King Institute of Preventive Medicine Micro-Biological Section reports 1909-11
Year: 1909
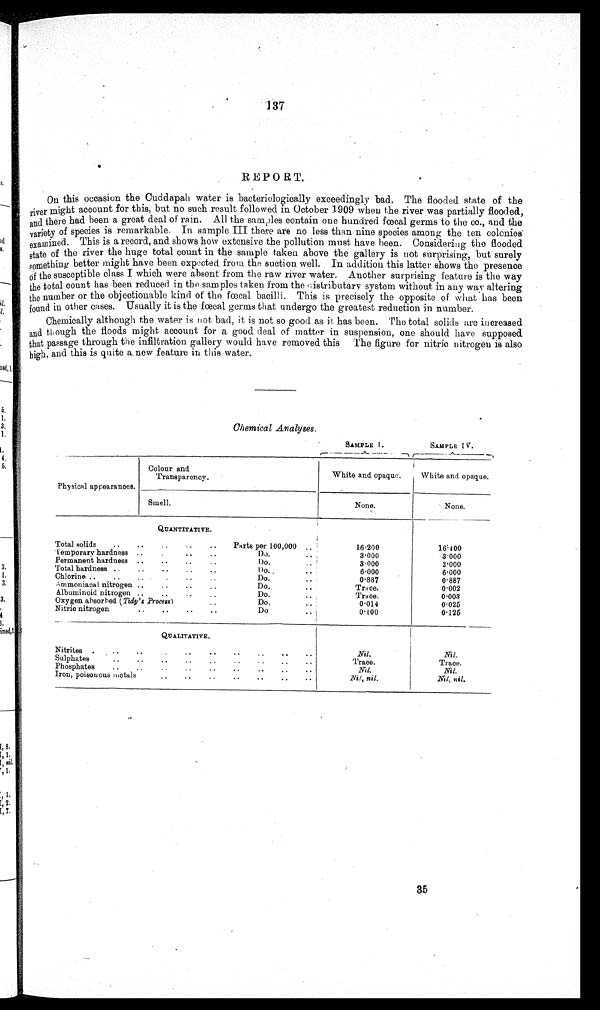
137
REPO RT.
On this occasion the Cuddapab water is bacteriologically exceedingly -bad. The flooded state of the
river might account for this, but no such result followed in October 1909 when the river was partially flooded,
and there had been a. great deal of rain. All the sam d les contain one hundred faecal germs to the co., and the
variety of species is remarkable. In sample III there are no less than nine species among the ten colonies'
exam ined. This is a record, and shows how extensive the pollution must have been. Considering the flooded
state of the river the huge total count in the sample taken above the gallery is not surprising, 'but surely
so mething better might have been expected from the suction well. In addition this latter shows the presence
of the susceptible class I which were absent from the raw river water. Another surprising feature is the way
the total count has been reduced in the.samples taken from the distributary system without in any war altering
the number or the objectionable kind of the foetal bacilli. This is precisely the opposite of what has been
found in other cases. Usually it is the foetal germs that undergo the greatest reduction in number.
Chemically although the water is not bad, it is not so good as it has been. The total solids are increased
and though the floods might account for a good deal of matter in suspension, one should have supposed
that passage through the infiltration gallery would have removed this The figure for nitric nitrogen is also
high, and this is quite a new feature in this water.
5.
1,
3.
Chemical Analyses.
1,
SAMPLE I .
SAMPLE 1 V.
4,
5.
r--
Colour and
Transparency.
White and opaque.
White and opaque.
Physical appearances.
Smell.
None.
None.
QUANTITATIVE.
Total solids
..
l.emporary hardness
Permanent hardness
Parts per 100,000
Do.
Do.
16.200
3.000
3.000
16'400
3000
3.000
3.
1.
Total hardness .
Chlorine ..
..
Do..
Do.
6.000
0.887
6.000
0.887
3.
A mmoniaca.1 nitrogen
Do.
. .
Trice.
0.002
Albuminoid nitrogen ..
..
Do.
Tra ce.
0.003
3.
Oxygen absorbed (Tick's Process)
Do.
0.014
0.025
Nitric nitrogen
..
Do
0.100
0.125
3
,
ned,1
QUALITATIVE.
Nitrites .
Nil.
Sulphates
Trace.
Trace.
Phosphates
..
Nil.
Nil.
Iron, poisonous wetals
Nil, nil.
Nit, nil.
8.
I 1.
,
, I.
I 1.
12.
7.
35
I